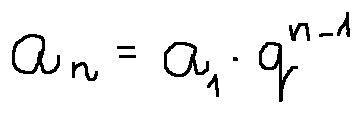
a _ { n } = a _ { 1 } \cdot q ^ { n - 1 }